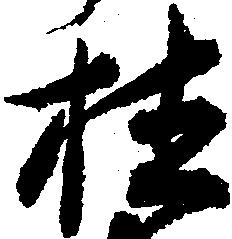
桂